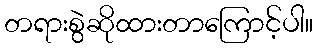
တရားစွဲဆိုထားတာကြောင့်ပါ။